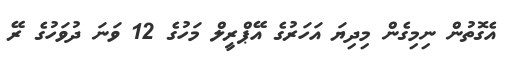
އެގޮތުން ނިމިގެން މިދިޔަ އަހަރުގެ އޭޕްރީލް މަހުގެ 12 ވަނަ ދުވަހުގެ ރޭ